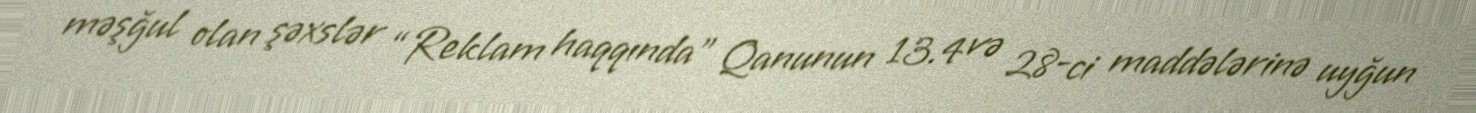
məşğul olan şəxslər “Reklam haqqında” Qanunun 13.4 və 28-ci maddələrinə uyğun